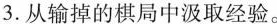
3.从输掉的棋局中汲取经验。